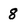
Character: 8